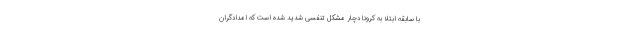
با سابقه ابتلا به کرونا دچار مشکل تنفسی شدید شده است که امدادگران